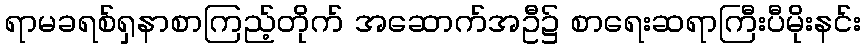
ရာမခရစ်ရှနာစာကြည့်တိုက် အဆောက်အဦ၌ စာရေးဆရာကြီးပီမိုးနင်း